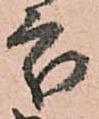
處